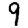
Digit: 9